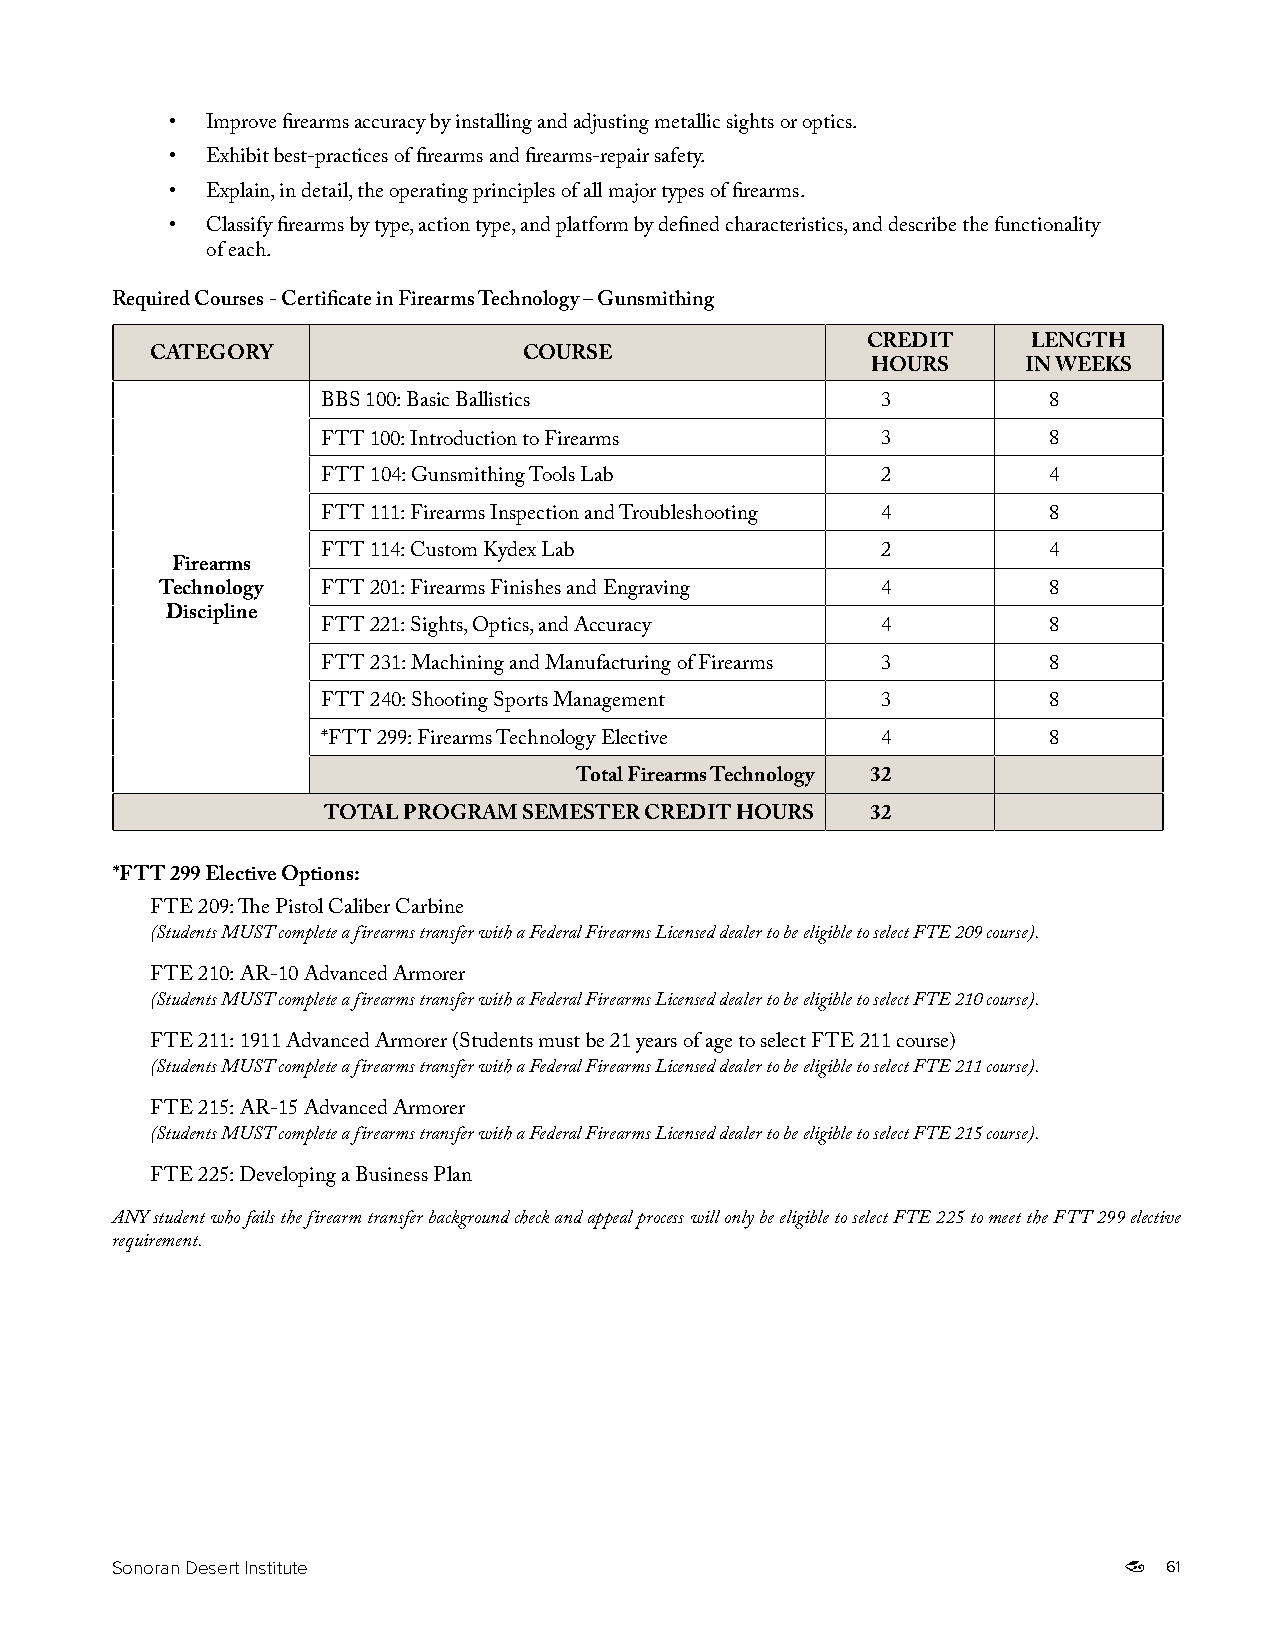
•  Improve firearms accuracy by installing and adjusting metallic sights or optics.
 •  Exhibit best-practices of firearms and firearms-repair safety.
 •  Explain, in detail, the operating principles of all major types of firearms.
 •  Classify firearms by type, action type, and platform by defined characteristics, and describe the functionality
 of each.
 Required Courses - Certificate in Firearms Technology – Gunsmithing
 CREDIT     LENGTH
 CATEGORY                 COURSE
 HOURS     IN WEEKS
 BBS 100: Basic Ballistics            3          8
 FTT 100: Introduction to Firearms    3          8
 FTT 104: Gunsmithing Tools Lab       2          4
 FTT 111: Firearms Inspection and Troubleshooting 4 8
 FTT 114: Custom Kydex Lab            2          4
 Firearms
 Technology FTT 201: Firearms Finishes and Engraving 4     8
 Discipline
 FTT 221: Sights, Optics, and Accuracy 4         8
 FTT 231: Machining and Manufacturing of Firearms 3 8
 FTT 240: Shooting Sports Management  3          8
 *FTT 299: Firearms Technology Elective 4        8
 Total Firearms Technology 32
 TOTAL PROGRAM SEMESTER CREDIT HOURS  32
 *FTT 299 Elective Options:
 FTE 209: The Pistol Caliber Carbine
 (Students MUST complete a firearms transfer with a Federal Firearms Licensed dealer to be eligible to select FTE 209 course).
 FTE 210: AR-10 Advanced Armorer
 (Students MUST complete a firearms transfer with a Federal Firearms Licensed dealer to be eligible to select FTE 210 course).
 FTE 211: 1911 Advanced Armorer (Students must be 21 years of age to select FTE 211 course)
 (Students MUST complete a firearms transfer with a Federal Firearms Licensed dealer to be eligible to select FTE 211 course).
 FTE 215: AR-15 Advanced Armorer
 (Students MUST complete a firearms transfer with a Federal Firearms Licensed dealer to be eligible to select FTE 215 course).
 FTE 225: Developing a Business Plan
 ANY student who fails the firearm transfer background check and appeal process will only be eligible to select FTE 225 to meet the FTT 299 elective
 requirement.
 Sonoran Desert Institute                                              61